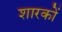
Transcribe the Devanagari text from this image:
शारकों